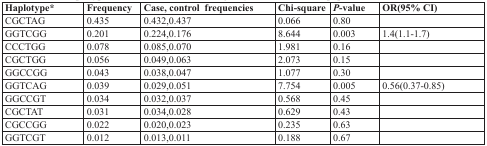
| Haplotype* | Frequency | Case, control frequencies | Chi-square | P-value | OR(95% CI) |
 | --- | --- | --- | --- | --- | --- |
 | CGCTAG | 0.435 | 0.432,0.437 | 0.066 | 0.80 |  |
 | GGTCGG | 0.201 | 0.224,0.176 | 8.644 | 0.003 | 1.4(1.1-1.7) |
 | CCCTGG | 0.078 | 0.085,0.070 | 1.981 | 0.16 |  |
 | CGCTGG | 0.056 | 0.049,0.063 | 2.073 | 0.15 |  |
 | GGCCGG | 0.043 | 0.038,0.047 | 1.077 | 0.30 |  |
 | GGTCAG | 0.039 | 0.029,0.051 | 7.754 | 0.005 | 0.56(0.37-0.85) |
 | GGCCGT | 0.034 | 0.032,0.037 | 0.568 | 0.45 |  |
 | CGCTAT | 0.031 | 0.034,0.028 | 0.629 | 0.43 |  |
 | CGCCGG | 0.022 | 0.020,0.023 | 0.235 | 0.63 |  |
 | GGTCGT | 0.012 | 0.013,0.011 | 0.188 | 0.67 |  |